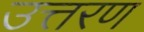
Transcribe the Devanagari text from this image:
उत्तरण